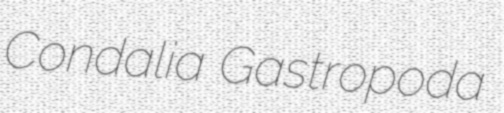
Condalia Gastropoda